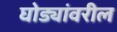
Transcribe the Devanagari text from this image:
घोड्यांवरील